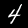
Label: 4